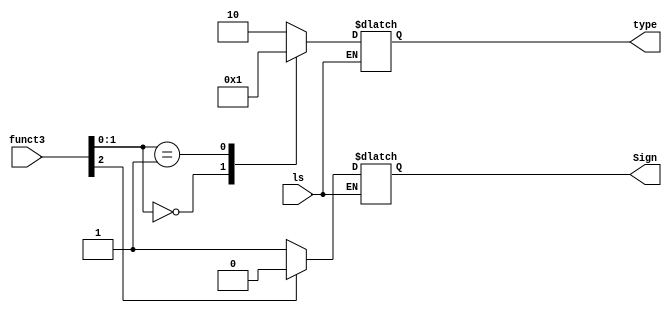

module DataMemCU(input ls, input [2:0] funct3, output reg [1:0] type, output reg Sign);

always@(*)begin
    if(ls == 1)begin
        casex (funct3)
            3'bx00: type = 0;
            3'bx01: type = 1;
            3'b010: type = 2; 
            default: type =2;
        endcase
        if (funct3[2]==1)begin
            Sign = 0;
        end
        else begin
            Sign = 1;
        end
    end
end

endmodule